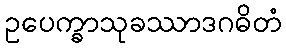
ဥပေက္ခာသုခဿာဒဂဓိတံ